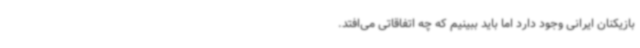
بازیکنان ایرانی وجود دارد اما باید ببینیم که چه اتفاقاتی می‌افتد.